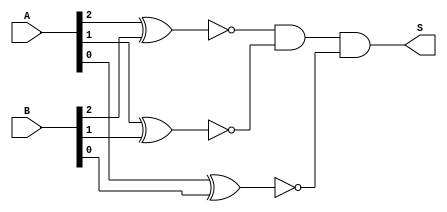
// Modulo que compara dois numeros de 3 bits e retorna 1 se forem iguais
// e 0 se forem diferentes
module comparadorDeIgualdade(A, B, S);
	// entradas
	input [2:0] A;
	input [2:0] B;
	
	// saidas
	output S;
	
	// fios
	wire W0, W1, W2;
	
	// xnor retorna 1 se os dois bits forem iguais
	// 0 0 -> 1
	// 0 1 -> 0
	// 1 0 -> 0
	// 1 1 -> 1

	xnor xnor0(W0, A[2], B[2]);
	xnor xnor1(W1, A[1], B[1]);
	xnor xnor2(W2, A[0], B[0]);
	
	and and0(S, W0, W1, W2);
endmodule

module TB_ComparadorDeIgualdade();
	reg [2:0] A;
	reg [2:0] B;

	wire S;

	comparadorDeIgualdade comparadorDeIgualdade(A, B, S);

	initial begin
		// casos de igualdade
		A = 3'b000; B = 3'b000; #10; // 1
		A = 3'b110; B = 3'b110; #10; // 1
		A = 3'b001; B = 3'b001; #10; // 1
		A = 3'b011; B = 3'b011; #10; // 1
		A = 3'b101; B = 3'b101; #10; // 1
		A = 3'b111; B = 3'b111; #10; // 1

		// casos de diferena
		A = 3'b000; B = 3'b110; #10; // 0
		A = 3'b110; B = 3'b000; #10; // 0
		A = 3'b001; B = 3'b110; #10; // 0
		A = 3'b110; B = 3'b001; #10; // 0
		A = 3'b011; B = 3'b110; #10; // 0
		A = 3'b110; B = 3'b011; #10; // 0
		A = 3'b101; B = 3'b110; #10; // 0
		A = 3'b110; B = 3'b101; #10; // 0
		A = 3'b111; B = 3'b110; #10; // 0
		A = 3'b110; B = 3'b111; #10; // 0
	end
endmodule